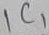
Text: IC